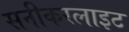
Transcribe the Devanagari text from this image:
सनीकरलाइट